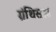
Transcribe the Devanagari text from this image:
ग्रंथिस्राव